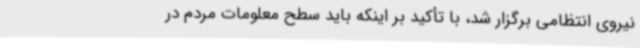
نیروی انتظامی برگزار شد، با تأکید بر اینکه باید سطح معلومات مردم در